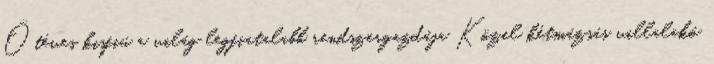
Ötéves kisfiú a világ legfiatalabb rendszergazdája Közel kétmázsás villalakó